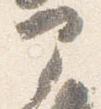
部